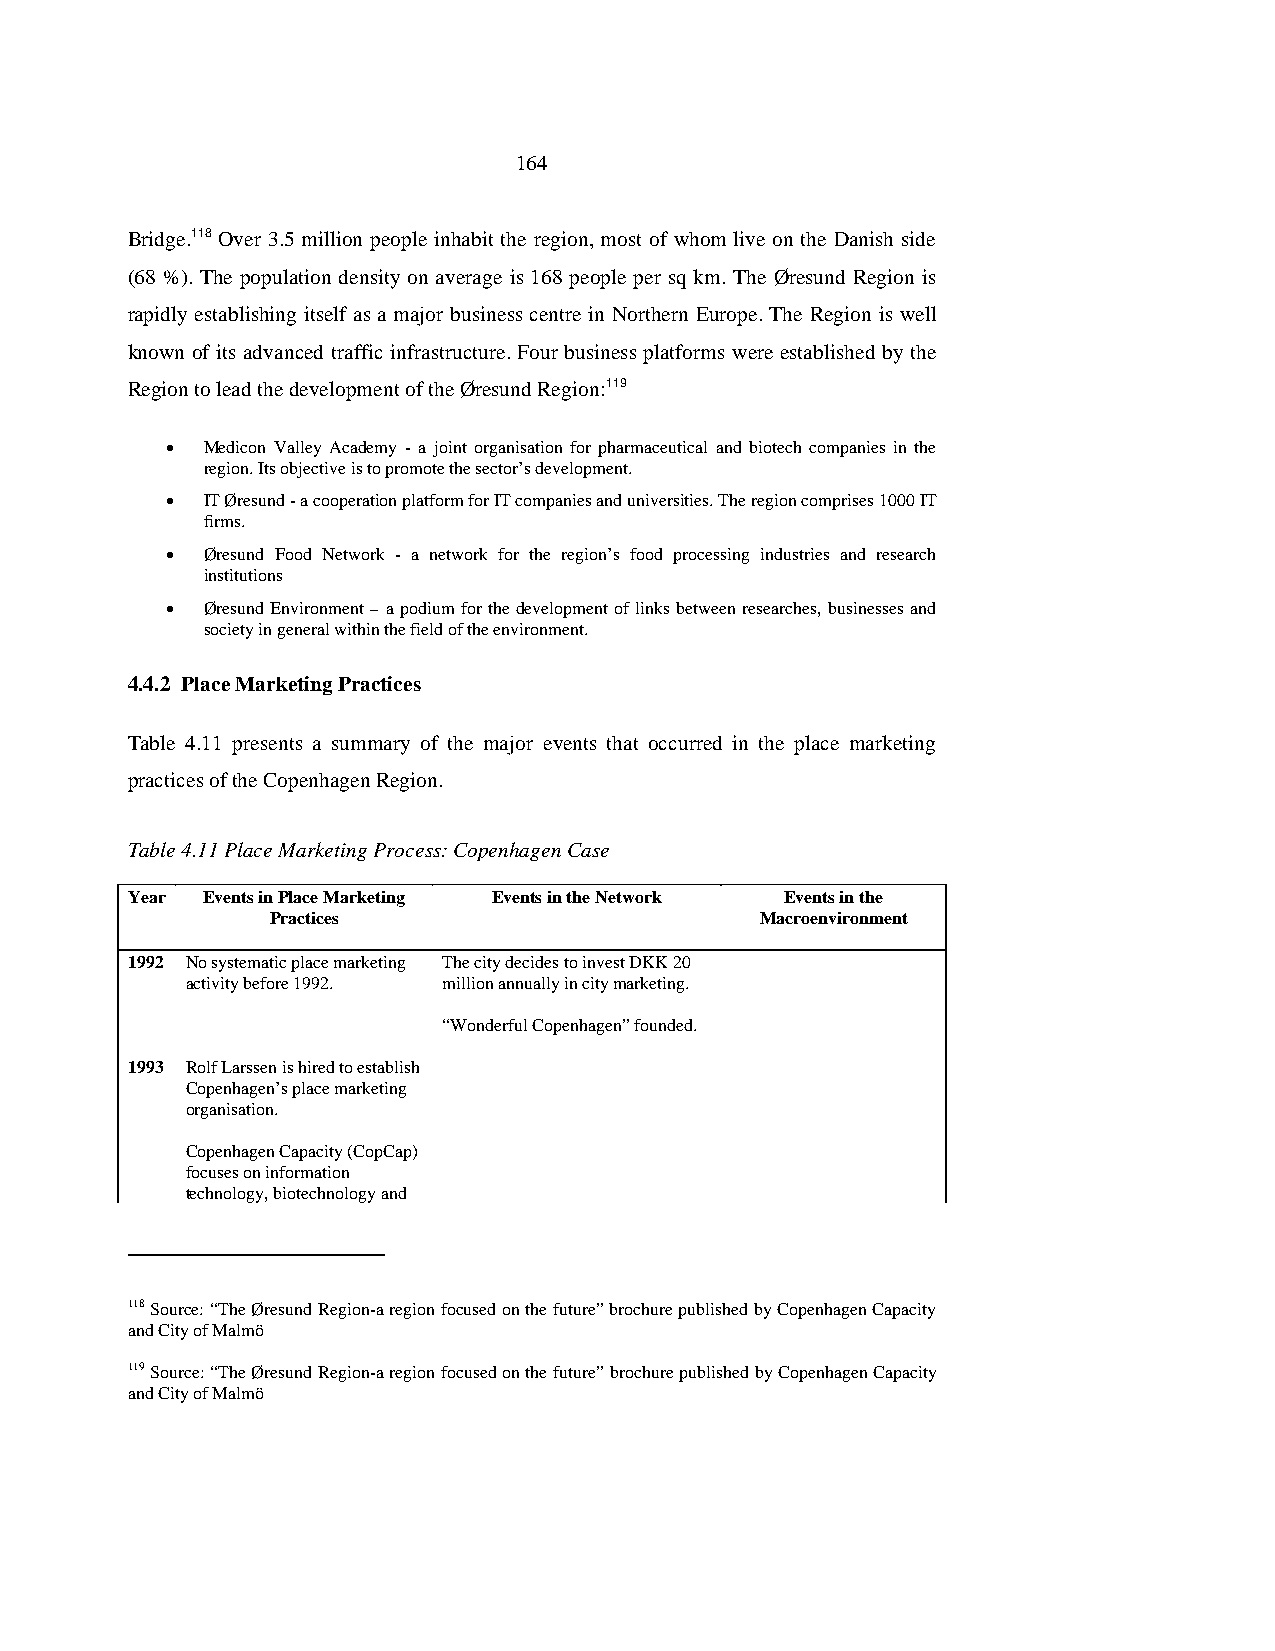
164
 Bridge.118 Over 3.5 million people inhabit the region, most of whom live on the Danish side
 (68 %). The population density on average is 168 people per sq km. The Øresund Region is
 rapidly establishing itself as a major business centre in Northern Europe. The Region is well
 known of its advanced traffic infrastructure. Four business platforms were established by the
 Region to lead the development of the Øresund Region:119
 • Medicon Valley Academy - a joint organisation for pharmaceutical and biotech companies in the
 region. Its objective is to promote the sector’s development.
 • IT Øresund - a cooperation platform for IT companies and universities. The region comprises 1000 IT
 firms.
 • Øresund Food Network - a network for the region’s food processing industries and research
 institutions
 • Øresund Environment – a podium for the development of links between researches, businesses and
 society in general within the field of the environment.
 4.4.2 Place Marketing Practices
 Table 4.11 presents a summary of the major events that occurred in the place marketing
 practices of the Copenhagen Region.
 Table 4.11 Place Marketing Process: Copenhagen Case
 Year Events in Place Marketing Events in the Network Events in the
 Practices                       Macroenvironment
 1992 No systematic place marketing The city decides to invest DKK 20
 activity before 1992. million annually in city marketing.
 “Wonderful Copenhagen” founded.
 1993 Rolf Larssen is hired to establish
 Copenhagen’s place marketing
 organisation.
 Copenhagen Capacity (CopCap)
 focuses on information
 technology, biotechnology and
 118 Source: “The Øresund Region-a region focused on the future” brochure published by Copenhagen Capacity
 and City of Malmö
 119 Source: “The Øresund Region-a region focused on the future” brochure published by Copenhagen Capacity
 and City of Malmö